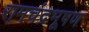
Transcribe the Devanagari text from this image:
रामचंद्रभूषण